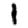
Digit: 1